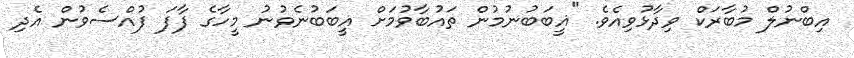
އިބްނުލް މުބާރަކް ވިދާޅުވިއެވެ. "ޣީބަބުނުމުން ތައުބާވުމަށް ޣީބަބުނެވުނު މީހާގެ ފާފަ ފުއްސެވުން އެދި